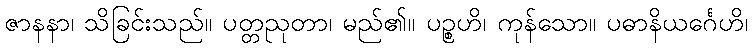
ဇာနနာ၊ သိခြင်းသည်။ ပတ္တညုတာ၊ မည်၏။ ပဉ္စဟိ၊ ကုန်သော။ ပဓာနိယင်္ဂေဟိ၊